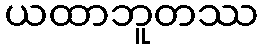
ယထာဘူတဿ